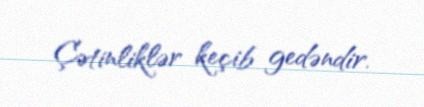
Çətinliklər keçib gedəndir.